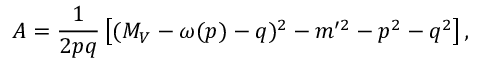
A = \frac { 1 } { 2 p q } \left[ ( M _ { V } - \omega ( p ) - q ) ^ { 2 } - m ^ { \prime 2 } - p ^ { 2 } - q ^ { 2 } \right] ,